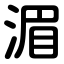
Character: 湄